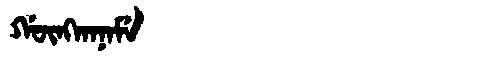
Manchu: ᡤᡡᠩᡴᠠᠨᠠᠮᡝ
Romanization: GŪNGKANAME